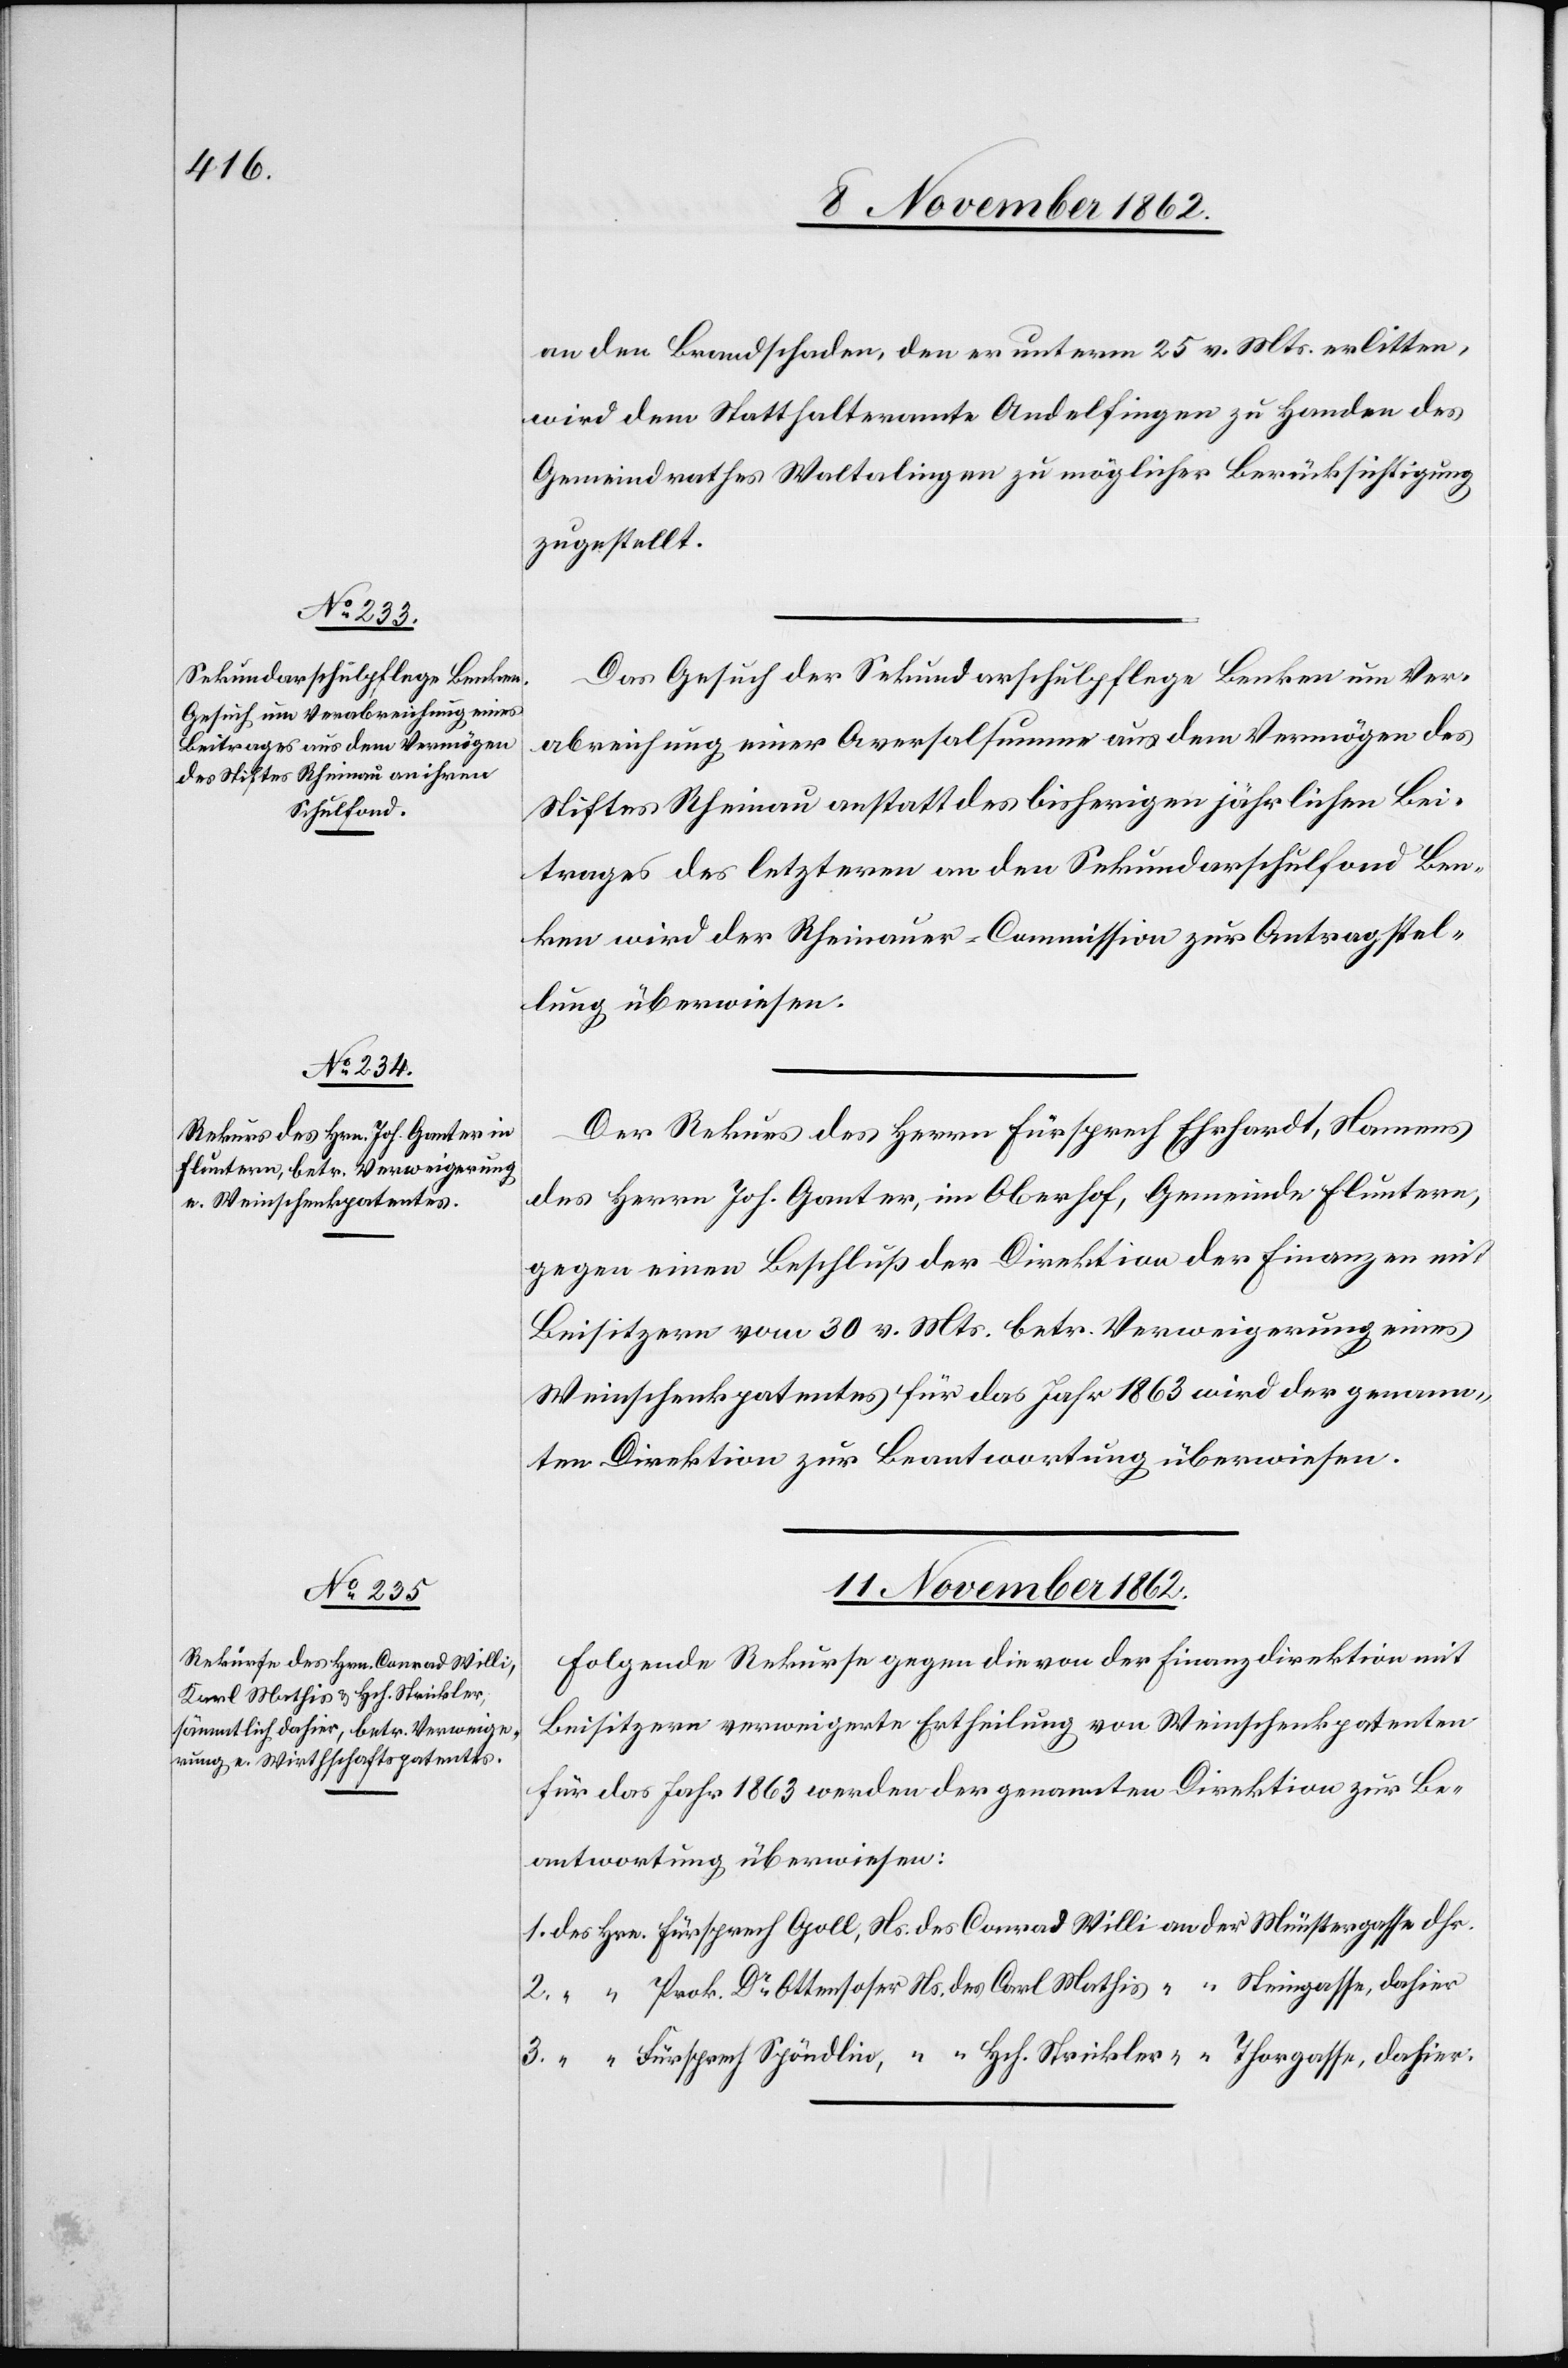
an den Brandschaden, den er unterm 25. v. Mts. erlitten,
wird dem Statthalteramte Andelfingen zu Handen des
Gemeindrathes Waltalingen zu möglicher Berücksichtigung
zugestellt.
Das Gesuch der Sekundarschulpflege Benken um Ver¬
abreichung einer Aversalsumme aus dem Vermögen des
Stiftes Rheinau anstatt des bisherigen jährlichen Bei¬
trages des letzteren an den Sekundarschulfond Ben¬
ken wird der Rheinauer-Commission zur Antragstel¬
lung überwiesen.
Der Rekurs des Herrn Fürsprech Ehrhardt, Namens
des Herrn Joh. Ganter, im Oberhof, Gemeinde Fluntern,
gegen einen Beschluß der Direktion der Finanzen mit
Beisitzern vom 30. v. Mts. betr. Verweigerung eines
Weinschenkpatentes für das Jahr 1863 wird der genann¬
ten Direktion zur Beantwortung überwiesen.
11. November 1862.
Folgende Rekurse gegen die von der Finanzdirektion mit
Beisitzern verweigerte Ertheilung von Weinschenkpatenten
für das Jahr 1863 werden der genannten Direktion zur Be¬
antwortung überwiesen: